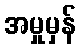
အမှုမှန်